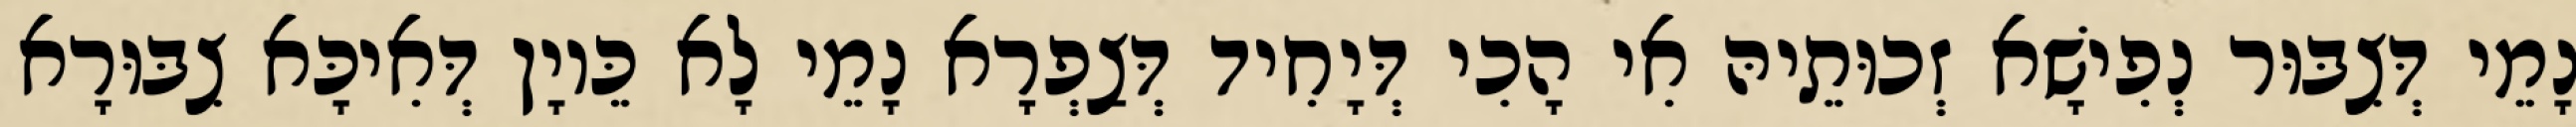
נָמֵי דְּצִבּוּר נְפִישָׁא זְכוּתֵיהּ אִי הָכִי דְּיָחִיד דְּצַפְרָא נָמֵי לָא כֵּיוָן דְּאִיכָּא צִבּוּרָא